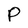
Character: P